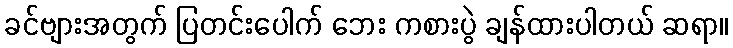
ခင်ဗျားအတွက် ပြတင်းပေါက် ဘေး ကစားပွဲ ချန်ထားပါတယ် ဆရာ။